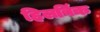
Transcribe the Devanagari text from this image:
हिलबिंक